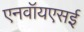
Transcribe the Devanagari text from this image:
एनवॉयएसई